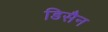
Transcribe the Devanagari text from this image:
डिसैन